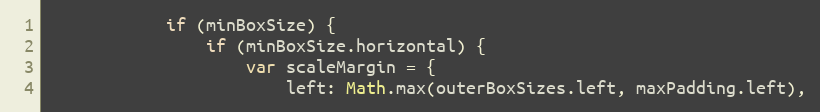
Language: JavaScript
			if (minBoxSize) {
				if (minBoxSize.horizontal) {
					var scaleMargin = {
						left: Math.max(outerBoxSizes.left, maxPadding.left),